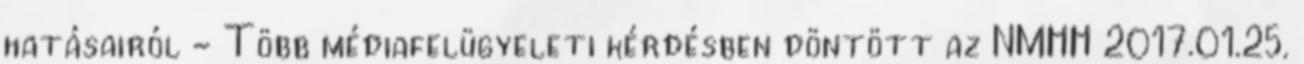
hatásairól - Több médiafelügyeleti kérdésben döntött az NMHH 2017.01.25.